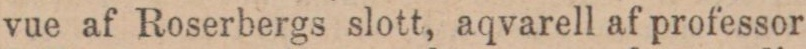
vue af Roserbergs slott, aqvarell af professor